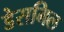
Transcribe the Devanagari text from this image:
डेसमिल